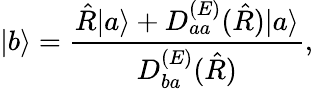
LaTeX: |b\rangle={\frac{\hat{R}|a\rangle+D_{aa}^{(E)}(\hat{R})|a\rangle}{D_{ba}^{(E)}(\hat{R})}},